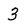
Character: 3